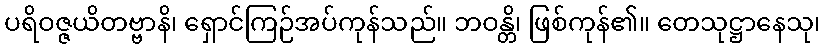
ပရိဝဇ္ဇယိတဗ္ဗာနိ၊ ရှောင်ကြဉ်အပ်ကုန်သည်။ ဘဝန္တိ၊ ဖြစ်ကုန်၏။ တေသုဋ္ဌာနေသု၊